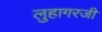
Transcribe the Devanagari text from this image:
लुहागरजी